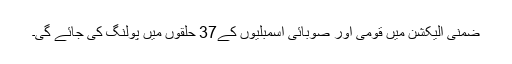
ضمنی الیکشن میں قومی اور صوبائی اسمبلیوں کے37 حلقوں میں پولنگ کی جائے گی۔